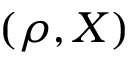
( \rho , X )